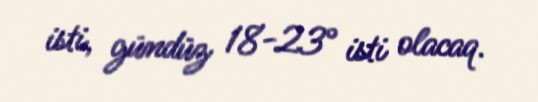
isti, gündüz 18-23° isti olacaq.